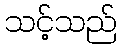
သင့်သည်